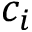
c _ { i }